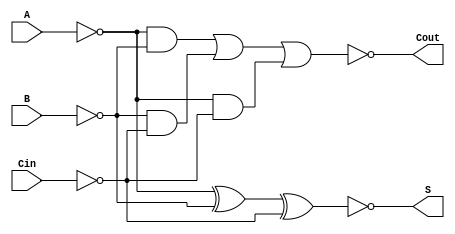
module NegativeCircuitFullAdder (
    input wire A,      // First input bit (active low)
    input wire B,      // Second input bit (active low)
    input wire Cin,    // Carry-in bit (active low)
    output wire S,     // Sum output bit (active low)
    output wire Cout   // Carry-out output bit (active low)
);

// Internal signals for intermediate calculations
wire A_inv, B_inv, Cin_inv;
wire sum_temp, carry_temp;

// Invert the inputs to work with active-low logic
not (A_inv, A);
not (B_inv, B);
not (Cin_inv, Cin);

// Calculate the sum using XOR logic
assign sum_temp = A_inv ^ B_inv ^ Cin_inv; // XOR operation
not (S, sum_temp); // Invert the result for active-low output

// Calculate the carry-out using AND and OR logic
wire AB, BC, AC;
and (AB, A_inv, B_inv); // A AND B
and (BC, B_inv, Cin_inv); // B AND Cin
and (AC, A_inv, Cin_inv); // A AND Cin

wire carry_or;
or (carry_or, AB, BC, AC); // (A AND B) OR (B AND Cin) OR (A AND Cin)
not (Cout, carry_or); // Invert for active-low output

endmodule